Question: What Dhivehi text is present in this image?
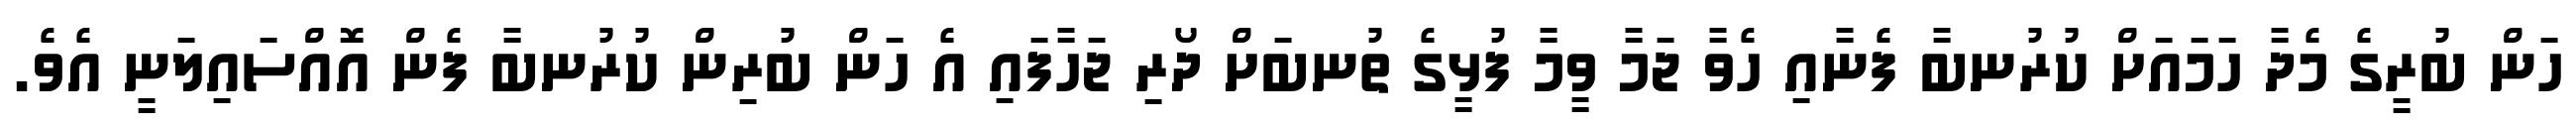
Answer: ހަން ބުރީގެ މެދާ ހަމައަށް ކުރުނބާ ފެނާއި ހެވާ ޖަމާ ވީމާ ފުޅީގެ ތުނބަށް ދޯރި ޖަހާފައި އެ ހަން ބުރިން ކުރުނބާ ފެން އޮއްސައިލަނީ އެވެ.